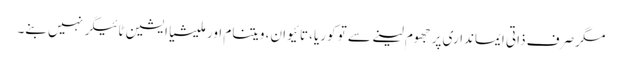
مگر صرف ذاتی ایمانداری پر جھوم لینے سے تو کوریا، تائیوان، ویتنام اور ملیشیا ایشین ٹائیگر نہیں بنے۔